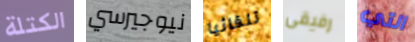
الكتلة نيوجيرسي تلقائيا رفيقى التي